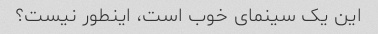
این یک سینمای خوب است، اینطور نیست؟